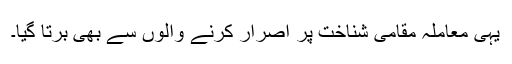
یہی معاملہ مقامی شناخت پر اصرار کرنے والوں سے بھی برتا گیا۔